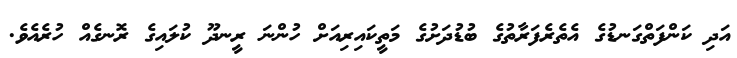
އަދި ކަންފަތްގަނޑުގެ އެތެރެފަރާތުގެ ބުޑުދަށުގެ މަތީކައިރިއަށް ހުންނަ ރީނދޫ ކުލައިގެ ރޮނގެެއް ހުރެއެވެ.